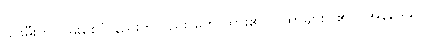
၎င်းမီးကို ငြိမ်းစေပုံ နည်းကိုလည်း ဟောထား၏၊ ဂါထာများပါ၏)။ အနိဒ္ဒေသ၊